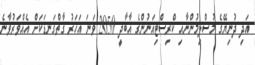
އަދި ދުނިޔޭގެ މުސްލިމުންނާއި ކްރިސްޓިއަނުންގެ އާބާދީ 2050 ވަނަ އަހަރު ގާތްގަނޑަަކަށް އެއްވަރުވާނެ